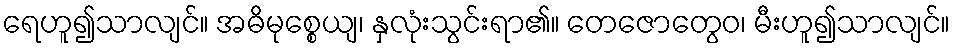
ရေဟူ၍သာလျင်။ အဓိမုစ္စေယျ၊ နှလုံးသွင်းရာ၏။ တေဇောတွေဝ၊ မီးဟူ၍သာလျင်။